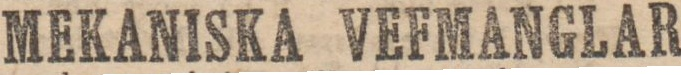
MEKANISKA VEFMANGLAR